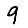
Digit: 9